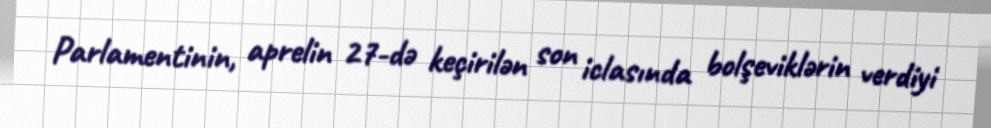
Parlamentinin, aprelin 27-də keçirilən son iclasında bolşeviklərin verdiyi